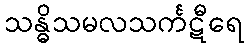
သန္ဓိသမလသင်္ကဋီရေ